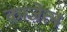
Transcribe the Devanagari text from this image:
काजेत्न